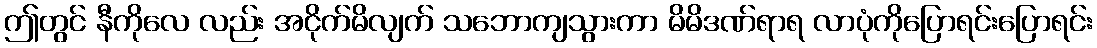
ဤတွင် နီကိုလေ လည်း အငိုက်မိလျက် သဘောကျသွားကာ မိမိဒဏ်ရာရ လာပုံကိုပြောရင်းပြောရင်း